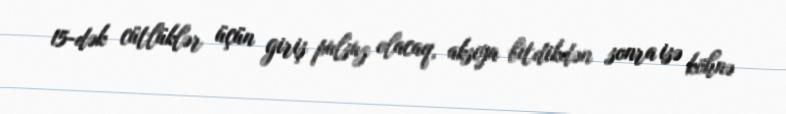
15-dək cütlüklər üçün giriş pulsuz olacaq, aksiya bitdikdən sonra isə köhnə